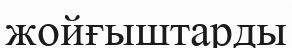
жойғыштарды